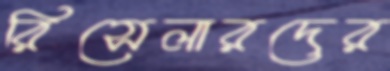
রিসেলারদের